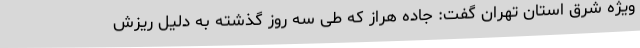
ویژه شرق استان تهران گفت: جاده هراز که طی سه روز گذشته به دلیل ریزش